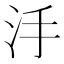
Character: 𣲬